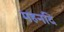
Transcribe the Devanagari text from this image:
महनदि